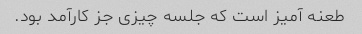
طعنه آمیز است که جلسه چیزی جز کارآمد بود.